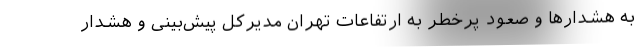
به هشدارها و صعود پرخطر به ارتفاعات تهران مدیرکل پیش‌بینی و هشدار